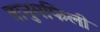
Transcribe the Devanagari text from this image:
तानुमफिली